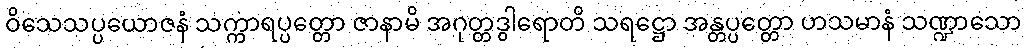
ဝိသေသပ္ပယောဇနံ သက္ကာရပ္ပတ္တော ဇာနာမိ အဂုတ္တဒွါရောတိ သရဋ္ဌော အန္တပ္ပတ္တော ဟသမာနံ သဏ္ဍာသော